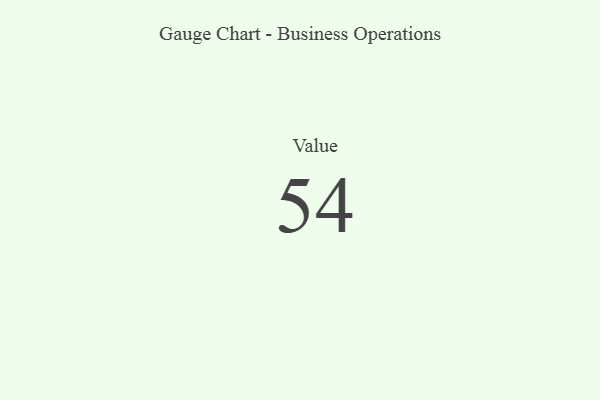
{"axis": {"x": "Metric", "y": "Value"}, "legend": [""], "data": [{"x": "Value", "y": 54, "type": ""}]}